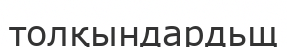
толқындардьщ